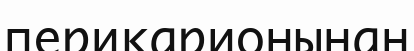
перикарионынан